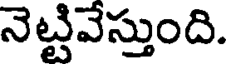
నెట్టివేస్తుంది.